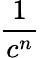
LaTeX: \frac{1}{c^{n}}